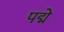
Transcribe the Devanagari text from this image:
पद्मे